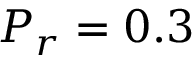
P _ { r } = 0 . 3